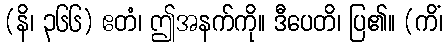
(နိ၊ ၃၆၆) ဧတံ၊ ဤအနက်ကို။ ဒီပေတိ၊ ပြ၏။ (ကိံ၊